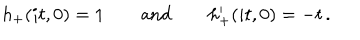
h _ { + } ( i t , 0 ) = 1 \qquad \mathrm { a n d } \qquad h _ { + } ^ { \prime } ( i t , 0 ) = - t \, .